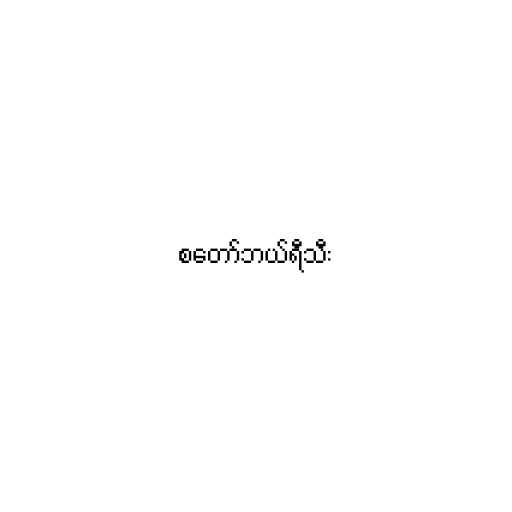
စတော်ဘယ်ရီသီး